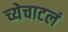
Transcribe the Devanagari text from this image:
च्येचाटलं